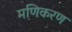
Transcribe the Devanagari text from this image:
मणिकरण